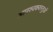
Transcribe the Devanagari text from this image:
आवश्यकवस्तुओं